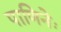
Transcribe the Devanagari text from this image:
पाणिनेः